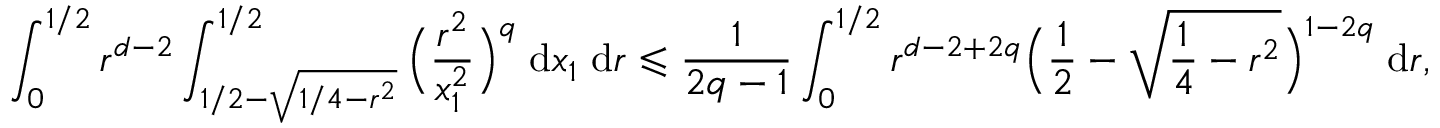
\int _ { 0 } ^ { 1 / 2 } r ^ { d - 2 } \int _ { 1 / 2 - \sqrt { 1 / 4 - r ^ { 2 } } } ^ { 1 / 2 } \Big ( \frac { r ^ { 2 } } { x _ { 1 } ^ { 2 } } \Big ) ^ { q } \; \mathrm { d } x _ { 1 } \; \mathrm { d } r \leqslant \frac { 1 } { 2 q - 1 } \int _ { 0 } ^ { 1 / 2 } r ^ { d - 2 + 2 q } \Big ( \frac { 1 } { 2 } - \sqrt { \frac { 1 } { 4 } - r ^ { 2 } } \Big ) ^ { 1 - 2 q } \; \mathrm { d } r ,